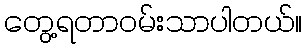
တွေ့ရတာဝမ်းသာပါတယ်။